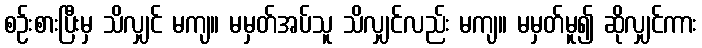
စဉ်းစားပြီးမှ သိလျှင် မကျ။ မမှတ်အပ်သူ သိလျှင်လည်း မကျ။ မမှတ်မူ၍ ဆိုလျှင်ကား